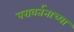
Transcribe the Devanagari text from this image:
परावर्तनाच्या